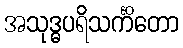
အသုဒ္ဓပရိသင်္ကိတော